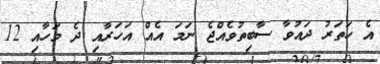
އެ ހަތަރު ދައުވާ ސާބިތުވެއްޖެ ނަމަ އެއް އަހަރާއި ދެ މަހާއި 12